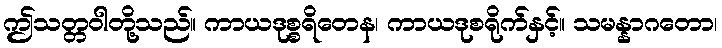
ဤသတ္တဝါတို့သည်။ ကာယဒုစ္စရိတေန၊ ကာယဒုစရိုက်နှင့်။ သမန္နာဂတော၊